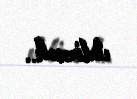
etdirəcək..